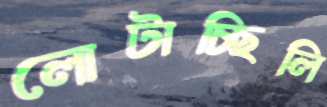
লোটাচ্ছিলি